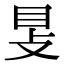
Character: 𥄎